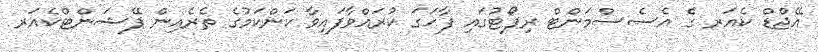
އޭޖްޑް ކެއަރ ގެ އެސެސްމަންޓް ރިޕޯޓުގައި ފާހަގަ ކުރައްވާފައިވާ ކަންކަމުގެ ތެރެއިން ޕޭޝަންޓްކެއަރ